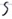
Text: S